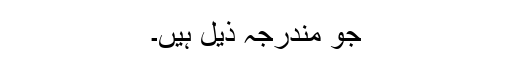
جو مندرجہ ذیل ہیں۔